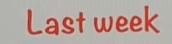
Last week